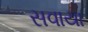
સવાયા